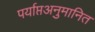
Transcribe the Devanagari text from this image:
पर्याप्तअनुमानित